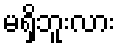
မရှိဘူးလား